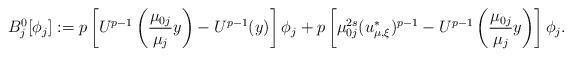
LaTeX: \begin{align*}B_j^0[\phi_j]:= p\left[U^{p-1}\left(\frac{\mu_{0j}}{\mu_j}y\right)-U^{p-1}(y)\right]\phi_j + p\left[\mu_{0j}^{2s}(u^{*}_{\mu,\xi})^{p-1} -U^{p-1}\left(\frac{\mu_{0j}}{\mu_j}y\right)\right]\phi_j.\end{align*}